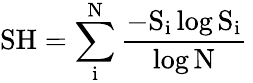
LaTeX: \mathrm{{SH}=\sum_{i}^{N}\frac{-S_{i}\log{S_{i}}}{\log{N}}\, }